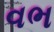
વભ